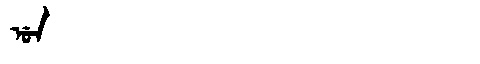
Manchu: ᡠᠨ
Romanization: UN